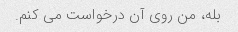
بله، من روی آن درخواست می کنم.